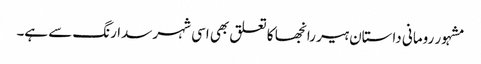
مشہور رومانی داستان ہیر رانجھا کا تعلق بھی اسی شہر سدا رنگ سے ہے۔